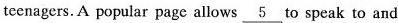
teenagers. A popular page allows \underline{5} to speak to and